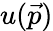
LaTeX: u({\vec{p}})